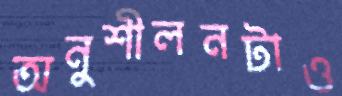
অনুশীলনটাও